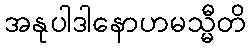
အနုပါဒါနောဟမသ္မီတိ